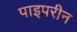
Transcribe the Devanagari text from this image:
पाइपरीन